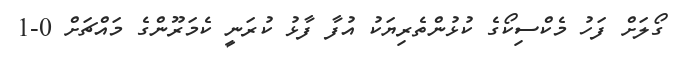
ގޯލަށް ފަހު މެކްސިކޯގެ ކުޅުންތެރިޔަކު އުފާ ފާޅު ކުރަނީ ކެމަރޫންގެ މައްޗަށް 0-1